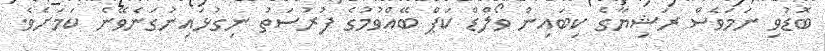
ބޮޑުވި ނަމަވެސް ރަޝިޔާގެ ކިބައިން ވޯލްޑް ކަޕް ބޭއްވުމުގެ ފުރުސަތު ނިގުޅައިނުގަނެވޭނެ ކަމަށެވެ.